Studies on the mouth parts a Comparative anatomy of the proboscis in the blood-sucking muscidae - Number 60
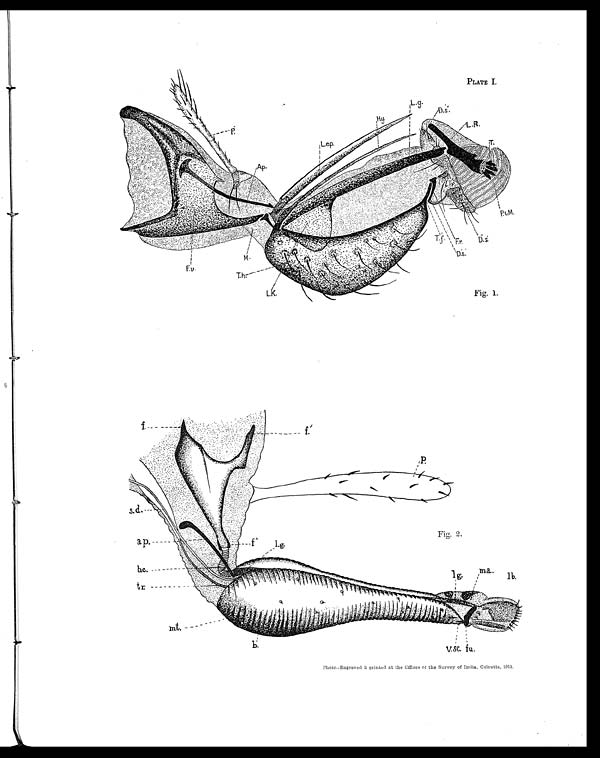
PLATE I.
Fig. 1.
Fig. 2.
Photo.-Engraved & printed at the Offices of the Survey of India, Calcutta, 1913.